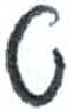
אות: ט